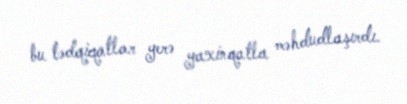
bu tədqiqatlar yerə yaxinqatla məhdudlaşırdı.